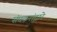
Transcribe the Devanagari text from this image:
संघटनांद्वारे